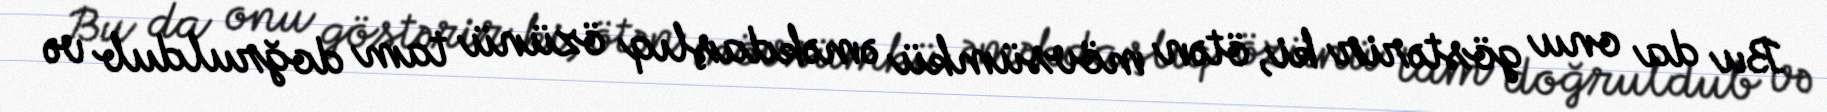
Bu da onu göstərir ki, ötən mövsümkü əməkdaşlıq özünü tam doğruldub və